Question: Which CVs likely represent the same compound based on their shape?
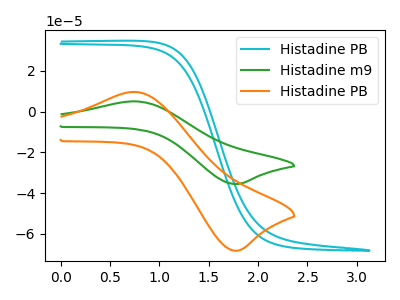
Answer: <think>The cyan curve "Histadine PB" has no peaks. The green curve "Histadine m9" has an anodic peak at (0.75V, 5.00uA) and a cathodic peak at (1.80V, -35.55uA). The orange curve "Histadine PB" has an anodic peak at (0.75V, 9.65uA) and a cathodic peak at (1.80V, -68.25uA).
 "Histadine PB" and "Histadine m9" have a different number of peaks. "Histadine PB" and "Histadine PB" have a different number of peaks. All the peaks in "Histadine m9" have a peak in "Histadine PB" at the same potential. Every peak in "Histadine m9" is lower than every peak in "Histadine PB".</think>
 <answer>"Histadine PB" and "Histadine m9" have the same shape and are likely CV's of the same chemical.</answer>
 <eval>"Histadine PB" "Histadine m9"</eval>